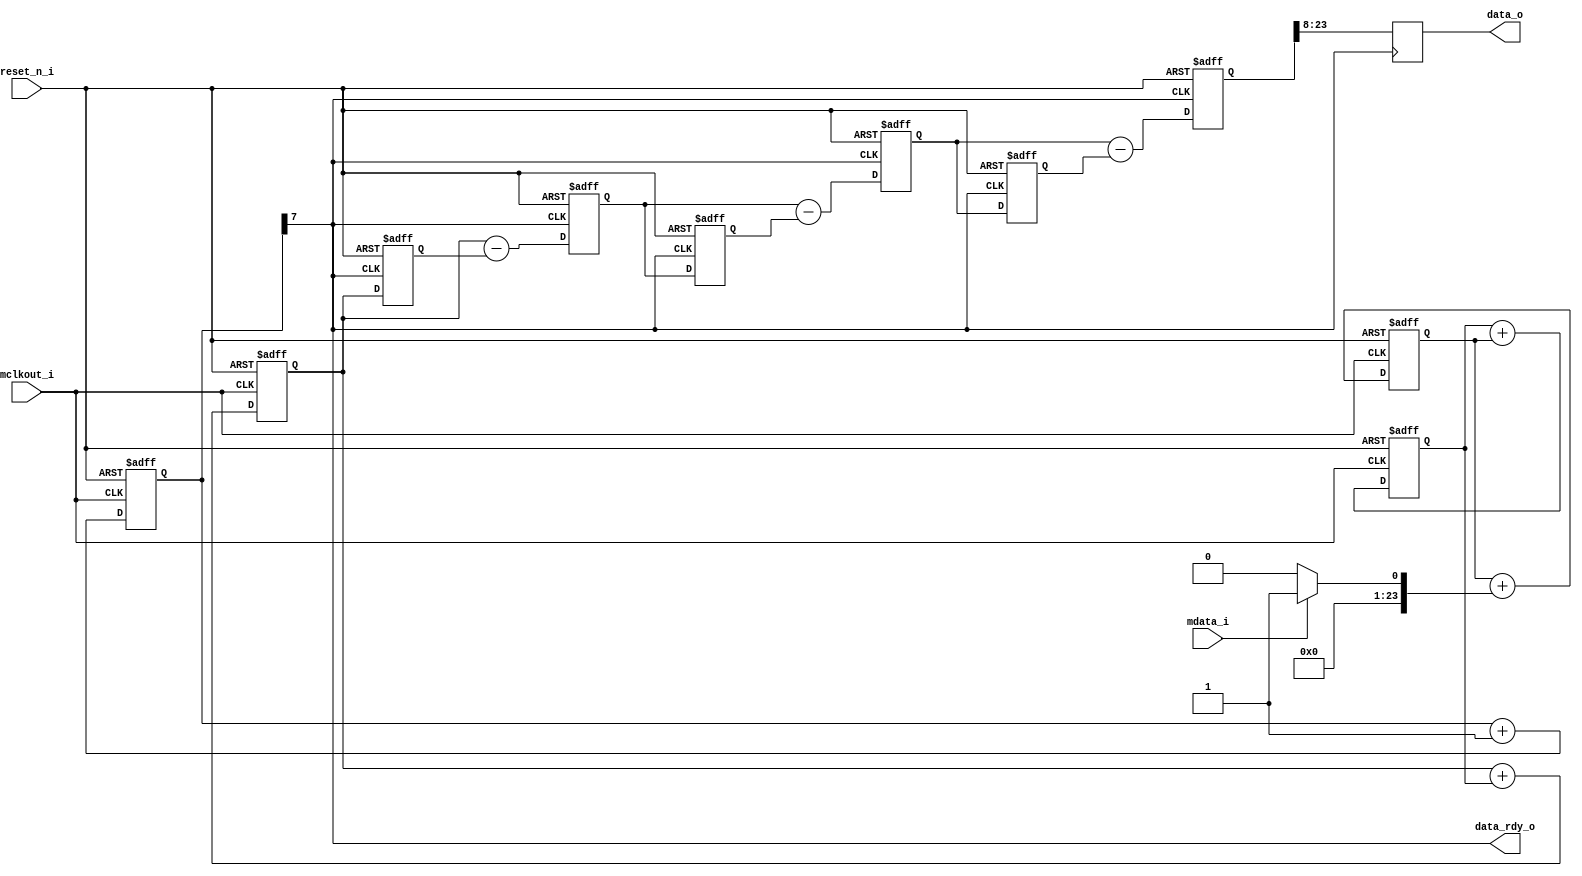
// -----------------------------------------------------------------------------
//
// Copyright 2012(c) Analog Devices, Inc.
//
// All rights reserved.
//
// Redistribution and use in source and binary forms, with or without modification,
// are permitted provided that the following conditions are met:
//  - Redistributions of source code must retain the above copyright
//    notice, this list of conditions and the following disclaimer.
//  - Redistributions in binary form must reproduce the above copyright
//    notice, this list of conditions and the following disclaimer in
//    the documentation and/or other materials provided with the
//    distribution.
//  - Neither the name of Analog Devices, Inc. nor the names of its
//    contributors may be used to endorse or promote products derived
//    from this software without specific prior written permission.
//  - The use of this software may or may not infringe the patent rights
//    of one or more patent holders.  This license does not release you
//    from the requirement that you obtain separate licenses from these
//    patent holders to use this software.
//  - Use of the software either in source or binary form, must be run
//    on or directly connected to an Analog Devices Inc. component.
//
// THIS SOFTWARE IS PROVIDED BY ANALOG DEVICES "AS IS" AND ANY EXPRESS OR IMPLIED
// WARRANTIES, INCLUDING, BUT NOT LIMITED TO, NON-INFRINGEMENT, MERCHANTABILITY
// AND FITNESS FOR A PARTICULAR PURPOSE ARE DISCLAIMED.
// IN NO EVENT SHALL ANALOG DEVICES BE LIABLE FOR ANY DIRECT, INDIRECT, INCIDENTAL,
// SPECIAL, EXEMPLARY, OR CONSEQUENTIAL DAMAGES (INCLUDING, BUT NOT LIMITED TO,
// INTELLECTUAL PROPERTY RIGHTS, PROCUREMENT OF SUBSTITUTE GOODS OR SERVICES;
// LOSS OF USE, DATA, OR PROFITS; OR BUSINESS INTERRUPTION) HOWEVER CAUSED AND
// ON ANY THEORY OF LIABILITY, WHETHER IN CONTRACT, STRICT LIABILITY, OR TORT
// (INCLUDING NEGLIGENCE OR OTHERWISE) ARISING IN ANY WAY OUT OF THE USE OF THIS
// SOFTWARE, EVEN IF ADVISED OF THE POSSIBILITY OF SUCH DAMAGE.
//
// -----------------------------------------------------------------------------
// MODULE NAME : dec256sinc24b
// AUTHORS EMAIL : adrian.costina@analog.com
// -----------------------------------------------------------------------------
// SVN REVISION: $WCREV$
// -----------------------------------------------------------------------------
// KEYWORDS : AD7400A, sigma-delta modulator
// -----------------------------------------------------------------------------
// PURPOSE : Implements a SINC filter for a sigma-delta modulator
// -----------------------------------------------------------------------------
// REUSE ISSUES
// Reset Strategy      :
// Clock Domains       :
// Critical Timing     :
// Test Features       :
// Asynchronous I/F    :
// Instantiations      :
// Synthesizable (y/n) :
// Target Device       :
// Other               :
// -----------------------------------------------------------------------------

`timescale 1 ns / 100 ps //Use a timescale that is best for simulation.

//------------------------------------------------------------------------------
//----------- Module Declaration -----------------------------------------------
//------------------------------------------------------------------------------
module dec256sinc24b
(
    input                       reset_n_i,
    input                       mclkout_i,
    input                       mdata_i,

    output                      data_rdy_o,     // signals when new data is available
    output reg  [15:0]          data_o          // outputs filtered data
);

//------------------------------------------------------------------------------
//----------- Registers Declarations -------------------------------------------
//------------------------------------------------------------------------------

reg [23:0]  ip_data1;
reg [23:0]  acc1;
reg [23:0]  acc2;
reg [23:0]  acc3;
reg [23:0]  acc3_d1;
reg [23:0]  acc3_d2;
reg [23:0]  diff1;
reg [23:0]  diff2;
reg [23:0]  diff3;
reg [23:0]  diff1_d;
reg [23:0]  diff2_d;
reg [7:0]   word_count;
reg         word_clk;

//------------------------------------------------------------------------------
//----------- Assign/Always Blocks ---------------------------------------------
//------------------------------------------------------------------------------

assign data_rdy_o = word_clk;

/* Perform the Sinc ACTION*/
always @(mdata_i)
begin
    if(mdata_i == 0)
    begin
        ip_data1    <= 0;
    end
    else
    begin
        ip_data1    <= 1;
    end
end

/*ACCUMULATOR (INTEGRATOR) 
* Perform the accumulation (IIR) at the speed of the modulator.
* mclkout_i = modulators conversion bit rate */
always @(negedge mclkout_i or negedge reset_n_i)
begin
    if( reset_n_i == 1'b0 )
    begin
        /*initialize acc registers on reset*/
        acc1    <= 0;
        acc2    <= 0;
        acc3    <= 0;
    end
    else
    begin
        /*perform accumulation process*/
        acc1    <= acc1 + ip_data1;
        acc2    <= acc2 + acc1;
        acc3    <= acc3 + acc2;
    end
end

/*DECIMATION STAGE (MCLKOUT_I/ WORD_CLK) */
always@ (posedge mclkout_i or negedge reset_n_i )
begin
    if (reset_n_i == 1'b0)
    begin
        word_count  <= 0;
    end
    else
    begin
        word_count <= word_count + 1;
    end
end

always @ (word_count)
begin
    word_clk <= word_count[7];
end

/*DIFFERENTIATOR (including decimation stage) 
* Perform the differentiation stage (FIR) at a lower speed.
WORD_CLK = output word rate */
always @(posedge word_clk or negedge reset_n_i)
begin
    if(reset_n_i == 1'b0)
    begin
        acc3_d2 <= 0;
        diff1_d <= 0;
        diff2_d <= 0;
        diff1   <= 0;
        diff2   <= 0;
        diff3   <= 0;
    end
    else
    begin
        diff1   <= acc3 - acc3_d2;
        diff2   <= diff1 - diff1_d;
        diff3   <= diff2 - diff2_d;
        acc3_d2 <= acc3;
        diff1_d <= diff1;
        diff2_d <= diff2;
    end
end

/*  Clock the Sinc output into an output register
    Clocking Sinc Output into an Output Register
WORD_CLK = output word rate */
always @ (posedge word_clk)
begin
    data_o[15]  <= diff3[23];
    data_o[14]  <= diff3[22];
    data_o[13]  <= diff3[21];
    data_o[12]  <= diff3[20];
    data_o[11]  <= diff3[19];
    data_o[10]  <= diff3[18];
    data_o[9]   <= diff3[17];
    data_o[8]   <= diff3[16];
    data_o[7]   <= diff3[15];
    data_o[6]   <= diff3[14];
    data_o[5]   <= diff3[13];
    data_o[4]   <= diff3[12];
    data_o[3]   <= diff3[11];
    data_o[2]   <= diff3[10];
    data_o[1]   <= diff3[9];
    data_o[0]   <= diff3[8];
end

endmodule